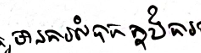
មានការលំបានក្នុងការ